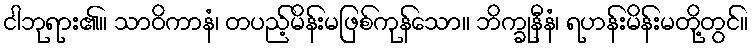
ငါဘုရား၏။ သာဝိကာနံ၊ တပည့်မိန်းမဖြစ်ကုန်သော။ ဘိက္ခုနီနံ၊ ရဟန်းမိန်းမတို့တွင်။